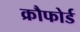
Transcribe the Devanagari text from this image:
क्रौफोर्ड